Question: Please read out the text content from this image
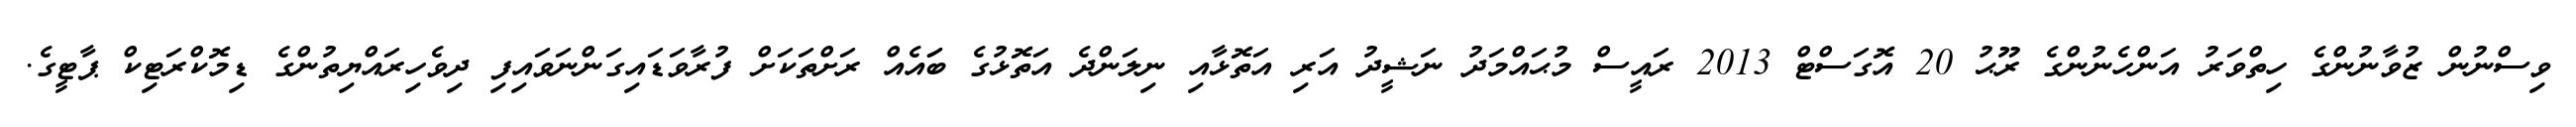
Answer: ވިސްނުން ޒުވާނުންގެ ހިތްވަރު އަންހެނުންގެ ރޫޙު 20 އޮގަސްޓް 2013 ރައީސް މުޙައްމަދު ނަޝީދު އަރި އަތޮޅާއި ނިލަންދެ އަތޮޅުގެ ބަައެއް ރަށްތަކަށް ފުރާވަޑައިގަންނަވައިފި ދިވެހިރައްޔިތުންގެ ޑިމޮކްރަޓިކް ޕާޓީގެ.